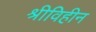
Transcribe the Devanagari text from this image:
श्रीविहीन